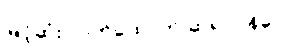
မြင့်ဆုံး လက်ထောက် ဆရာဝန်ပေ။